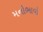
મનોભાવો